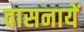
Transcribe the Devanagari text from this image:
वासनायें